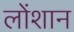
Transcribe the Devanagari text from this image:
लोंशान